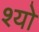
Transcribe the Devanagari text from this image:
श्यो